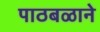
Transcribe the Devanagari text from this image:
पाठबळाने